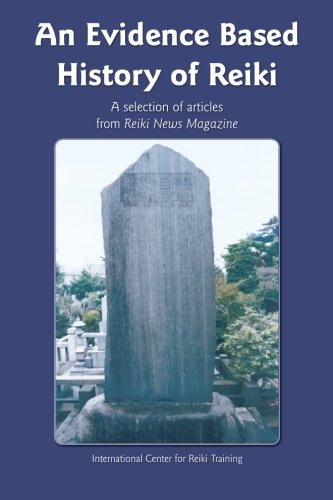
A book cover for An Evidence Based History of Reiki; William Lee Rand; Religion & Spirituality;